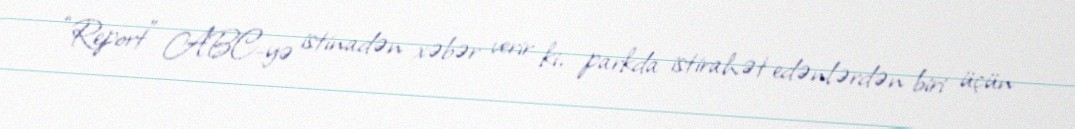
“Report” ABC-yə istinadən xəbər verir ki, parkda istirahət edənlərdən biri üçün